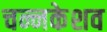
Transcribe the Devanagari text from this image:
चन्नकेशव